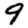
Digit: 9